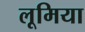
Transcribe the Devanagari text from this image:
लूमिया